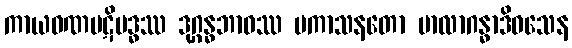
ကာယဝဏပဋိဗဒ္ဓဿ ဒုဂ္ဂန္ဓဘာဝဿ ပကာသနတော မာလာဂန္ဓာဒိဝသေန